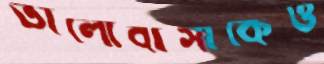
ভালোবাসাকেও